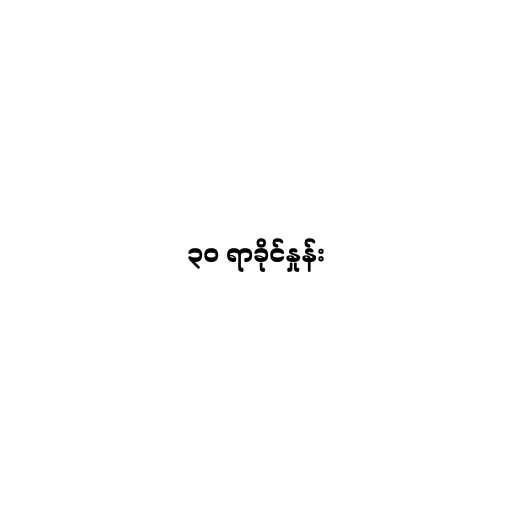
၃၀ ရာခိုင်နှုန်း